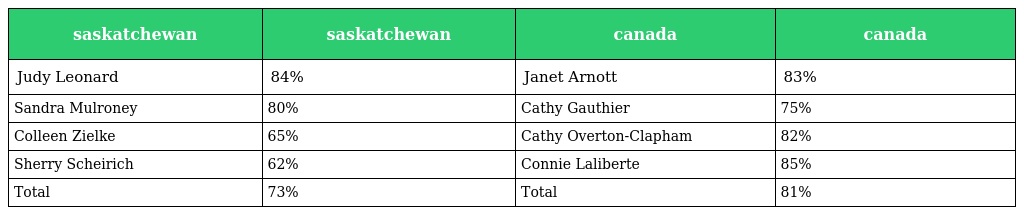
| saskatchewan | saskatchewan | canada | canada |
 | --- | --- | --- | --- |
 | Judy Leonard | 84% | Janet Arnott | 83% |
 | Sandra Mulroney | 80% | Cathy Gauthier | 75% |
 | Colleen Zielke | 65% | Cathy Overton-Clapham | 82% |
 | Sherry Scheirich | 62% | Connie Laliberte | 85% |
 | Total | 73% | Total | 81% |